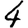
Digit: 4